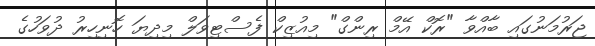
ޖަރުމަނުގައި ބާއްވާ "ރޮކް އޭމް ރިންގް" މިއުޒިކް ފެސްޓިވަލް މިދިޔަ ހޮނިހިރު ދުވަހުގެ